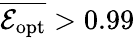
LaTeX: \overline{{\mathcal E_{\mathrm{opt}}}}>0.99